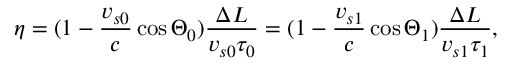
\eta = ( 1 - \frac { v _ { s 0 } } { c } \cos \Theta _ { 0 } ) \frac { \Delta L } { v _ { s 0 } \tau _ { 0 } } = ( 1 - \frac { v _ { s 1 } } { c } \cos \Theta _ { 1 } ) \frac { \Delta L } { v _ { s 1 } \tau _ { 1 } } ,